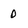
Character: 0